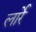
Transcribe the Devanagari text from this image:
लार्रे